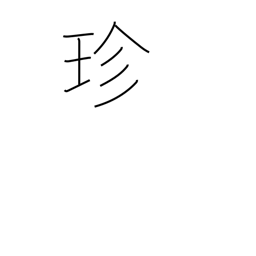
Meaning: curious